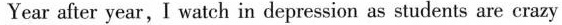
Year after year, I watch in depression as students are crazy